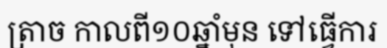
ត្រាច កាលពី១០ឆ្នាំមុន ទៅធ្វើការ